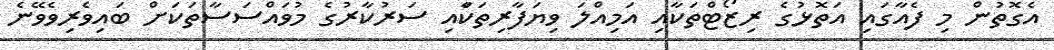
އެގޮތުން މި ފެއާގައި އަތޮޅުގެ ރިޒޯޓްތަކާއި އަމިއްލަ ވިޔަފާރިތަކާައި ސަރުކާރުގެ މުވައްސަސާތަކަށް ބައިވެރިވެވޭނެ